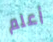
أعلم